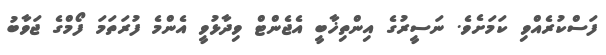
ފަސްކުރެއްވި ކަމަށެވެ. ނަސީރުގެ އިންތިޚާބީ އެޖެންޓް ވިދާޅުވީ އެންމެ ފުރަތަމަ ފޯމްގެ ޖަވާބު